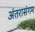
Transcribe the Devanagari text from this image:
अंतरासंगम